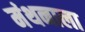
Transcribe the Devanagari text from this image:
मंथनाला